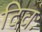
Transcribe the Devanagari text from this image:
दिवः